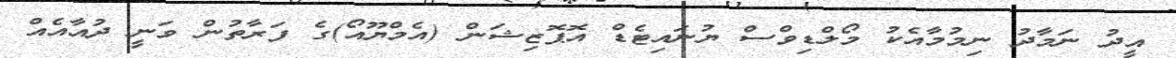
އީދު ނަމާދު ނިމުމާއެކު މޯލްޑިވްސް ޔުނައިޓެޑް އޮޕޮޒިޝަން (އެމްޔޫއޯ)ގެ ފަރާތުން ވަނީ ދުއާއެއް